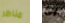
مناظر انا